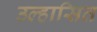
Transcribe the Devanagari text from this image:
उल्हासित